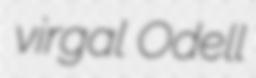
virgal Odell